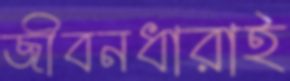
জীবনধারাই